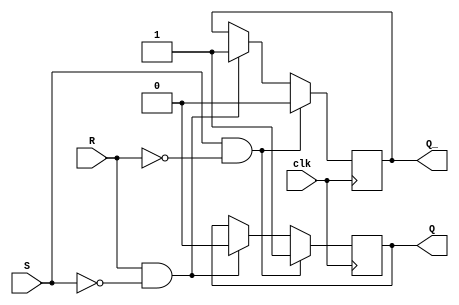
module sr_latch (
    input wire S,
    input wire R,
    input wire clk,
    output reg Q,
    output reg Q_
);

always @(posedge clk) begin
    if (S == 1'b1 && R == 1'b0) begin
        Q <= 1'b1;
        Q_ <= 1'b0;
    end else if (R == 1'b1 && S == 1'b0) begin
        Q <= 1'b0;
        Q_ <= 1'b1;
    end else begin
        Q <= Q;
        Q_ <= Q_;
    end
end

endmodule